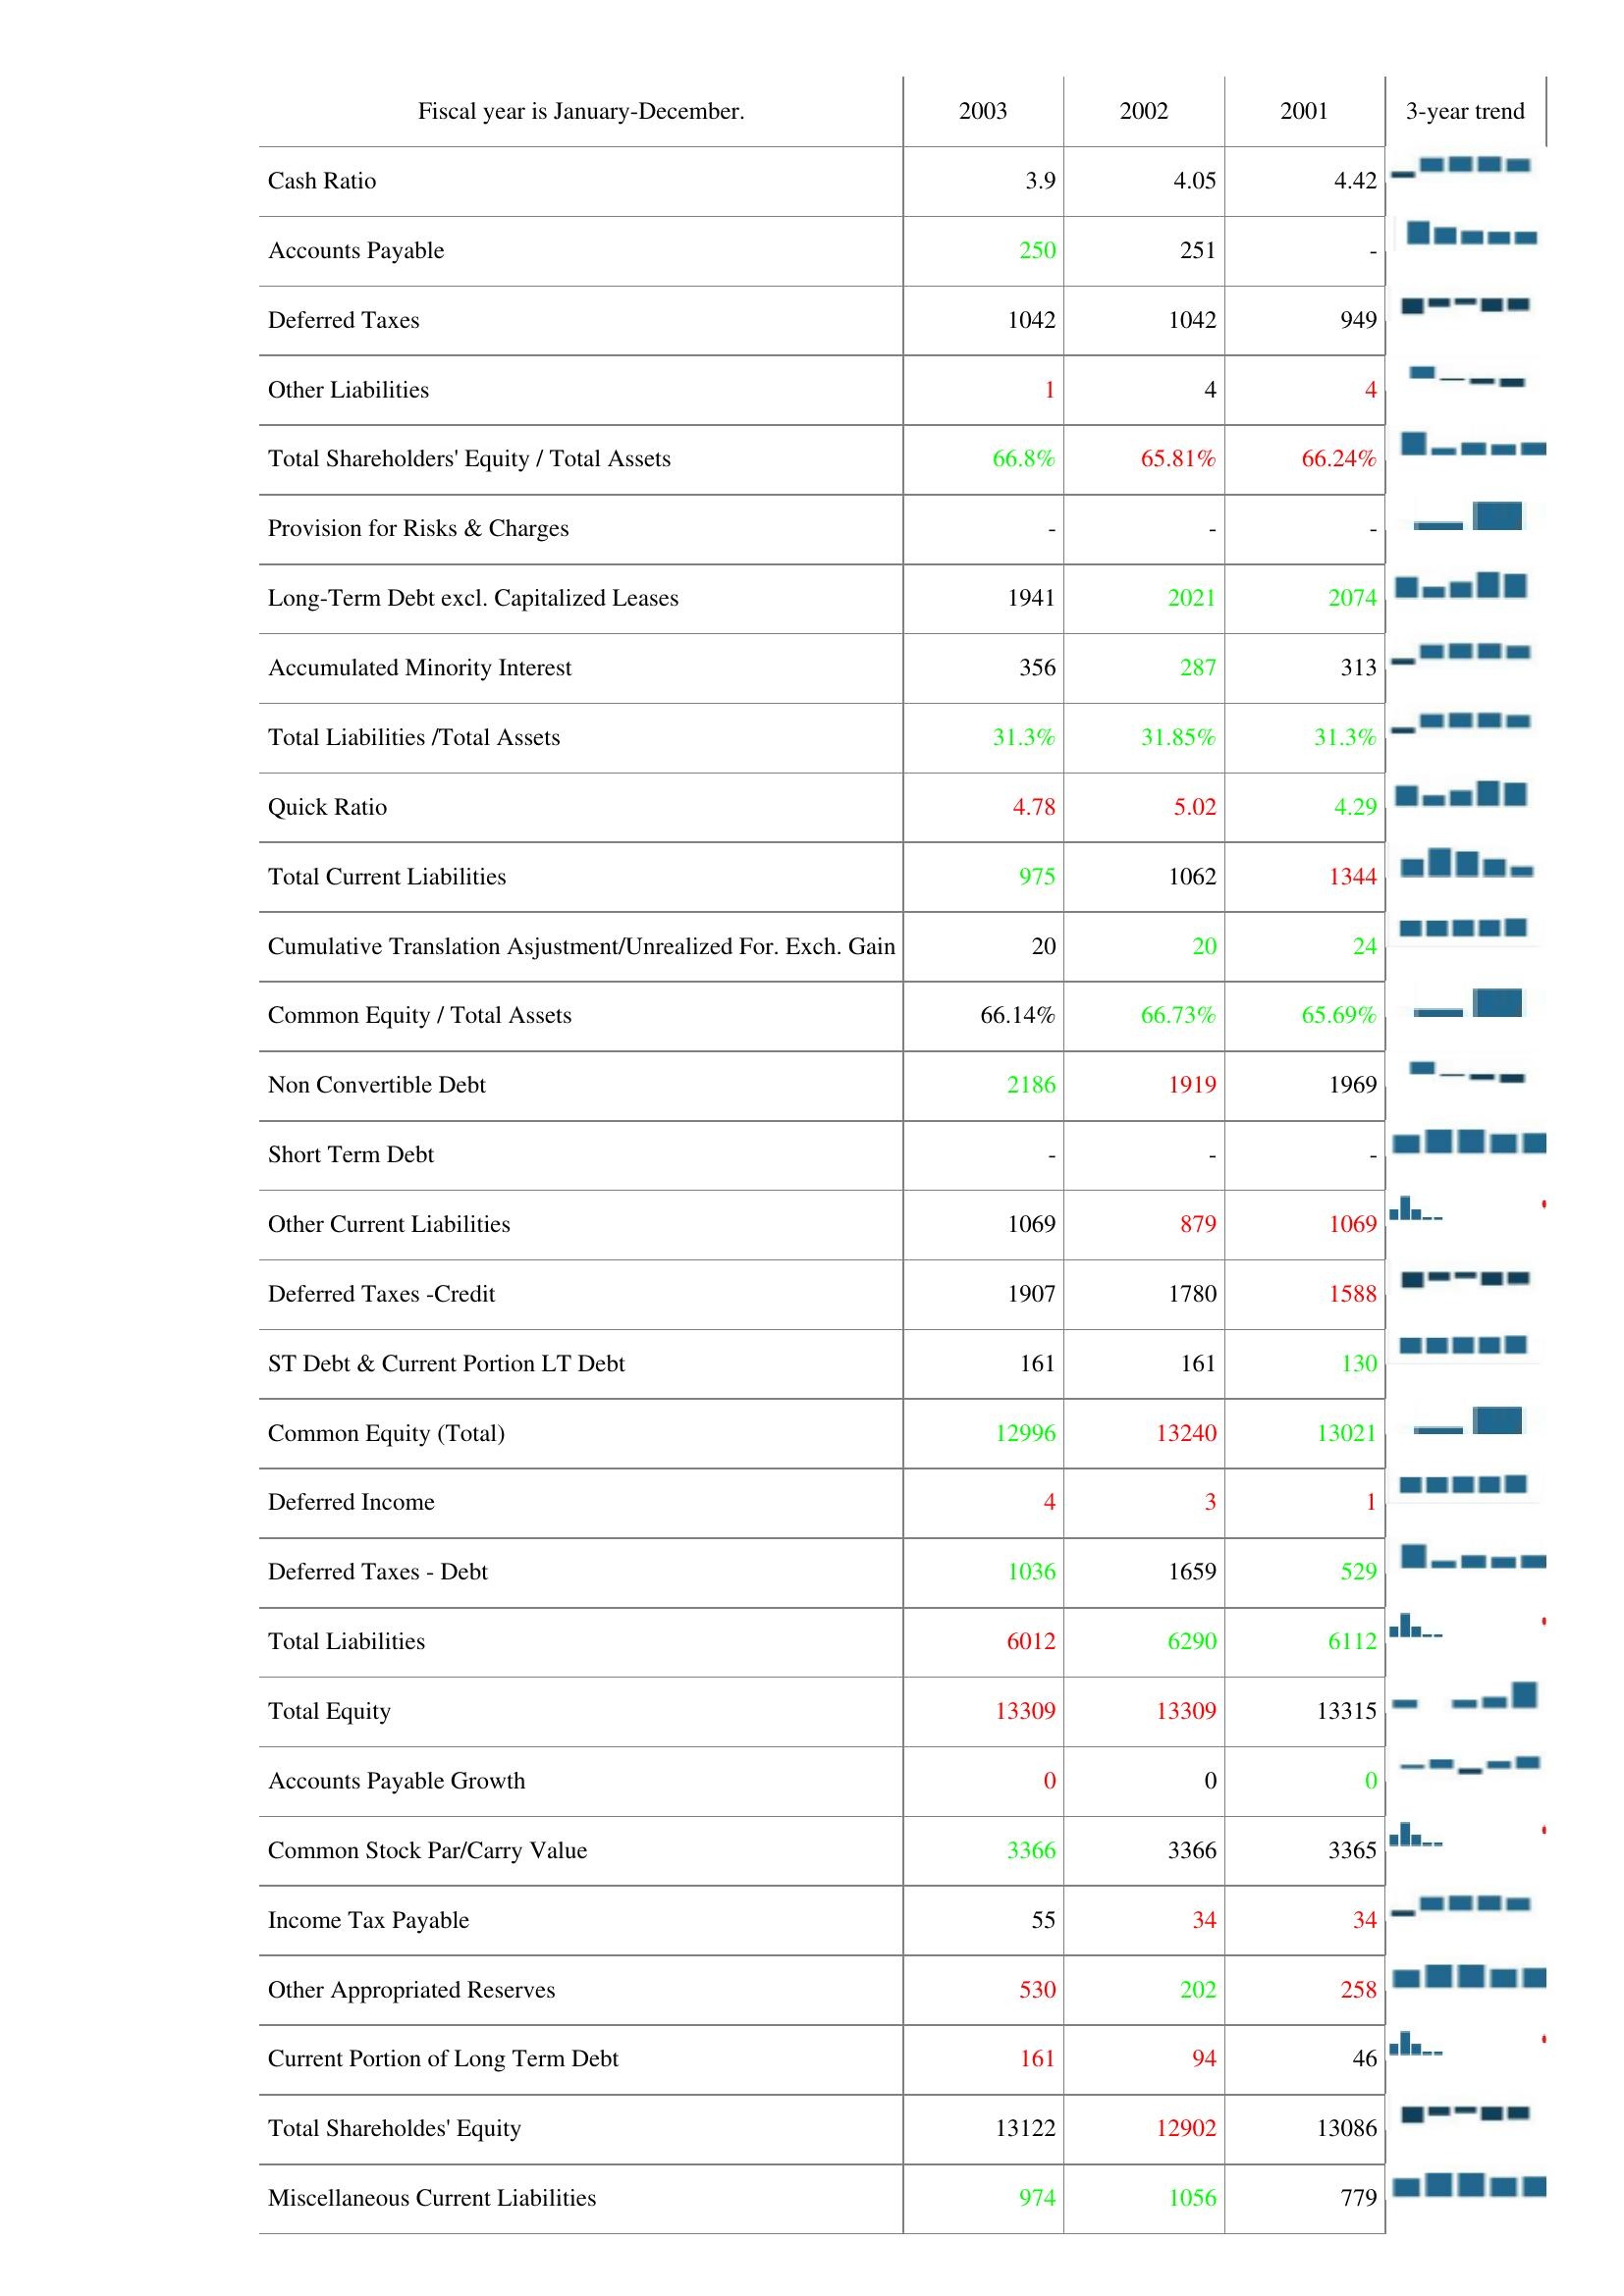
2003: Liabilities & Shareholder's Equity: Cash Ratio: 3.9
Accounts Payable: 250
Deferred Taxes: 1042
Other Liabilities: 1
Total Shareholders' Equity / Total Assets: 66.8%
Provision for Risks & Charges: -
Long-Term Debt excl. Capitalized Leases: 1941
Accumulated Minority Interest: 356
Total Liabilities /Total Assets: 31.3%
Quick Ratio: 4.78
Total Current Liabilities: 975
Cumulative Translation Asjustment/Unrealized For. Exch. Gain: 20
Common Equity / Total Assets: 66.14%
Non Convertible Debt: 2186
Short Term Debt: -
Other Current Liabilities: 1069
Deferred Taxes -Credit: 1907
ST Debt & Current Portion LT Debt: 161
Common Equity (Total): 12996
Deferred Income: 4
Deferred Taxes - Debt: 1036
Total Liabilities: 6012
Total Equity: 13309
Accounts Payable Growth: 0
Common Stock Par/Carry Value: 3366
Income Tax Payable: 55
Other Appropriated Reserves: 530
Current Portion of Long Term Debt: 161
Total Shareholdes' Equity: 13122
Miscellaneous Current Liabilities: 974
2002: Liabilities & Shareholder's Equity: Cash Ratio: 4.05
Accounts Payable: 251
Deferred Taxes: 1042
Other Liabilities: 4
Total Shareholders' Equity / Total Assets: 65.81%
Provision for Risks & Charges: -
Long-Term Debt excl. Capitalized Leases: 2021
Accumulated Minority Interest: 287
Total Liabilities /Total Assets: 31.85%
Quick Ratio: 5.02
Total Current Liabilities: 1062
Cumulative Translation Asjustment/Unrealized For. Exch. Gain: 20
Common Equity / Total Assets: 66.73%
Non Convertible Debt: 1919
Short Term Debt: -
Other Current Liabilities: 879
Deferred Taxes -Credit: 1780
ST Debt & Current Portion LT Debt: 161
Common Equity (Total): 13240
Deferred Income: 3
Deferred Taxes - Debt: 1659
Total Liabilities: 6290
Total Equity: 13309
Accounts Payable Growth: 0
Common Stock Par/Carry Value: 3366
Income Tax Payable: 34
Other Appropriated Reserves: 202
Current Portion of Long Term Debt: 94
Total Shareholdes' Equity: 12902
Miscellaneous Current Liabilities: 1056
2001: Liabilities & Shareholder's Equity: Cash Ratio: 4.42
Accounts Payable: -
Deferred Taxes: 949
Other Liabilities: 4
Total Shareholders' Equity / Total Assets: 66.24%
Provision for Risks & Charges: -
Long-Term Debt excl. Capitalized Leases: 2074
Accumulated Minority Interest: 313
Total Liabilities /Total Assets: 31.3%
Quick Ratio: 4.29
Total Current Liabilities: 1344
Cumulative Translation Asjustment/Unrealized For. Exch. Gain: 24
Common Equity / Total Assets: 65.69%
Non Convertible Debt: 1969
Short Term Debt: -
Other Current Liabilities: 1069
Deferred Taxes -Credit: 1588
ST Debt & Current Portion LT Debt: 130
Common Equity (Total): 13021
Deferred Income: 1
Deferred Taxes - Debt: 529
Total Liabilities: 6112
Total Equity: 13315
Accounts Payable Growth: 0
Common Stock Par/Carry Value: 3365
Income Tax Payable: 34
Other Appropriated Reserves: 258
Current Portion of Long Term Debt: 46
Total Shareholdes' Equity: 13086
Miscellaneous Current Liabilities: 779